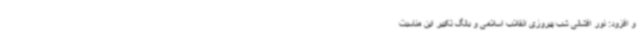
و افزود: نور افشانی شب پیروزی انقلاب اسلامی و بانگ تکبیر این مناسبت